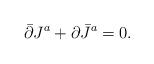
LaTeX: \begin{align*}\bar\partial J^a + \partial \bar J^a = 0.\end{align*}